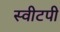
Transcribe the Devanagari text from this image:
स्वीटपी